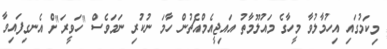
މިކަމުގައި އިހުމާލުވާ މީހާގެ މައުލޫމާތު އައިޖީއެމްއެޗުން ހާމަ ނުކުރި ނަމަވެސް "ހަވީރަ"ށް އެނގިފައިވާ